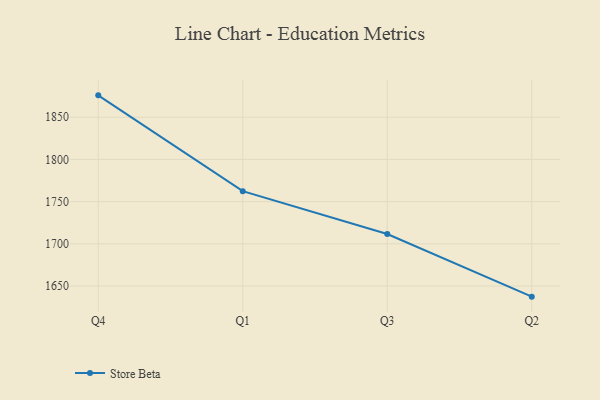
{"axis": {"x": "Quarter", "y": "Conversion Rate (%)"}, "legend": ["Store Beta"], "data": [{"x": "Q4", "y": 1875.9, "type": "Store Beta"}, {"x": "Q1", "y": 1762.4, "type": "Store Beta"}, {"x": "Q3", "y": 1711.6, "type": "Store Beta"}, {"x": "Q2", "y": 1637.4, "type": "Store Beta"}]}